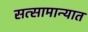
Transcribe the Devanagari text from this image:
सत्सामान्यात